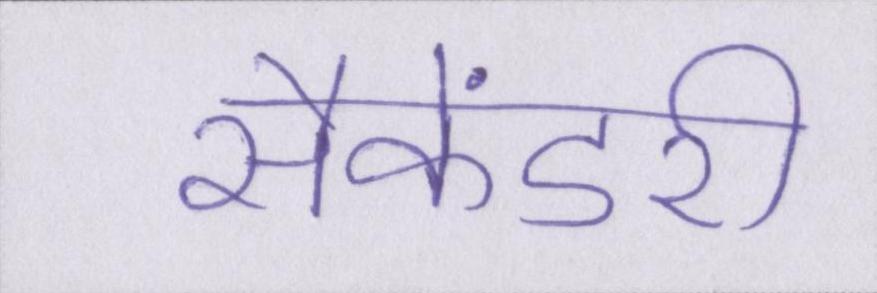
सैकेंडरी